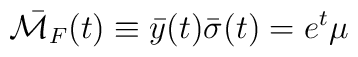
\bar{{\cal M}_F}(t)\equiv \bar{y}(t) \bar{\sigma}(t)= e^t \mu